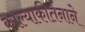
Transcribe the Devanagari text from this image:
काल्याकीर्तनाने